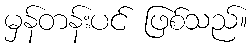
မှန်တန်းပင် ဖြစ်သည်။